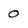
Character: 0